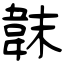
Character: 韎